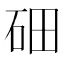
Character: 鿬